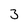
Character: 3